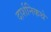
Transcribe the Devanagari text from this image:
दार्शनिकथे